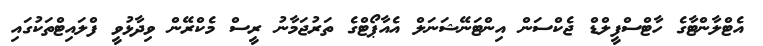
އެޓްލާންޓާގެ ހާޓްސްފީލްޑް ޖެކްސަން އިންޓަނޭޝަނަލް އެއާޕޯޓްގެ ތަރުޖަމާނު ރީސް މެކްރޭން ވިދާޅުވީ ފްލައިޓްތަކުގައި